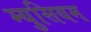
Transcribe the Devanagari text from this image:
म्युसियम